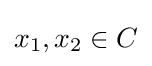
x_{1},x_{2}\in C